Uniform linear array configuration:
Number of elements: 12
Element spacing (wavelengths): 0.25
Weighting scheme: blackman
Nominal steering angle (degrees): -60
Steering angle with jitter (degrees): -59.446
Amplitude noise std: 0.05
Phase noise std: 0.05

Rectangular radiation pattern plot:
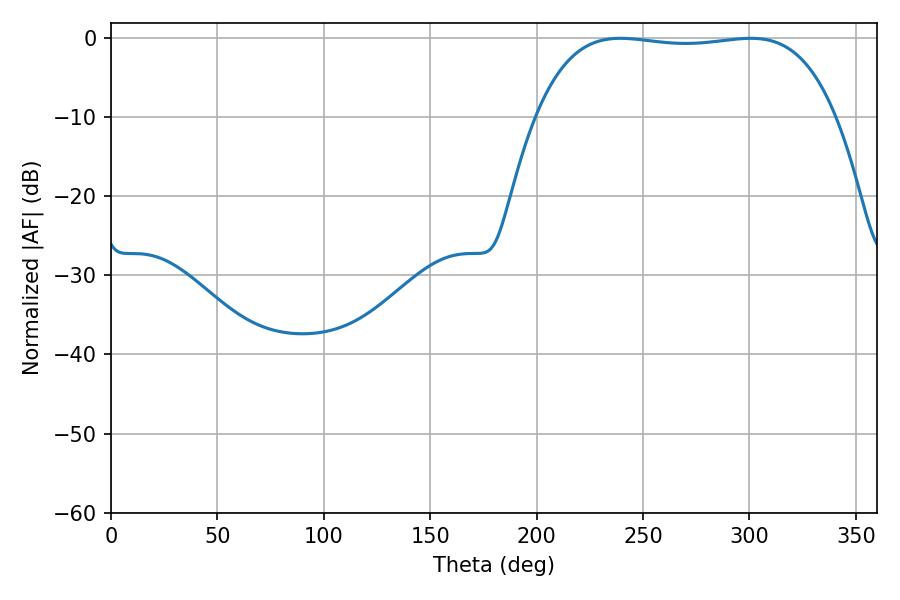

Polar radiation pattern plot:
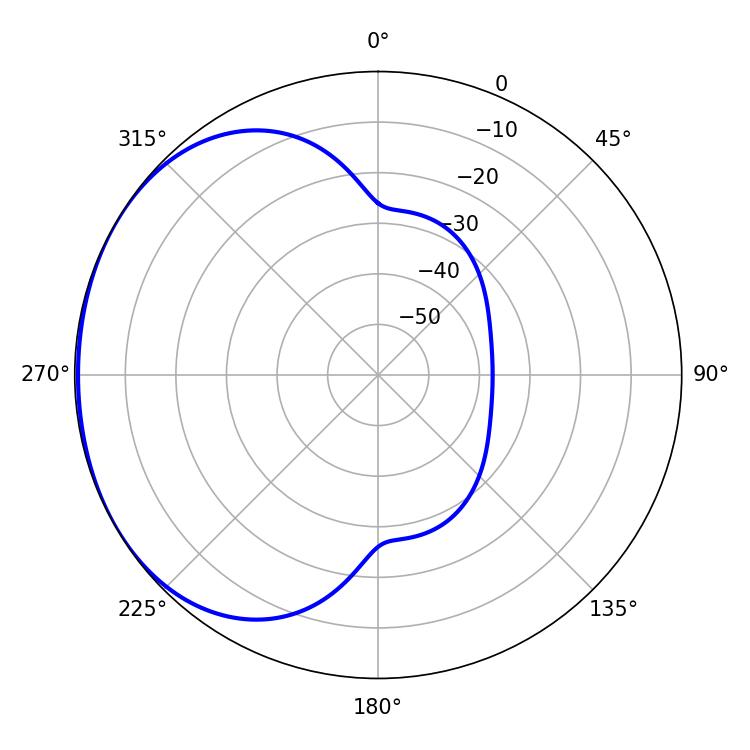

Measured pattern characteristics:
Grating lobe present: FALSE
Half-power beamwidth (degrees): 111.24
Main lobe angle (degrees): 239.4